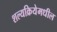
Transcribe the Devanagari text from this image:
शल्यक्रियेमधील